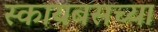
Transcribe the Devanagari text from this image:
स्कायबसच्या